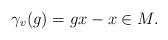
LaTeX: \begin{align*}\gamma_v(g) = gx - x \in M.\end{align*}